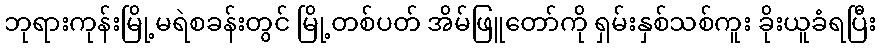
ဘုရားကုန်းမြို့မရဲစခန်းတွင် မြို့တစ်ပတ် အိမ်ဖြူတော်ကို ရှမ်းနှစ်သစ်ကူး ခိုးယူခံရပြီး